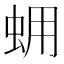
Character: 𧊊